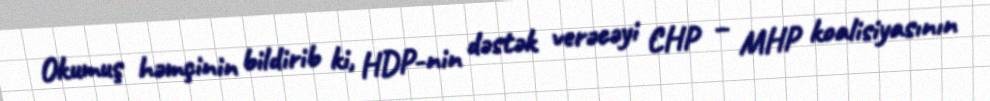
Okumuş həmçinin bildirib ki, HDP-nin dəstək verəcəyi CHP – MHP koalisiyasının